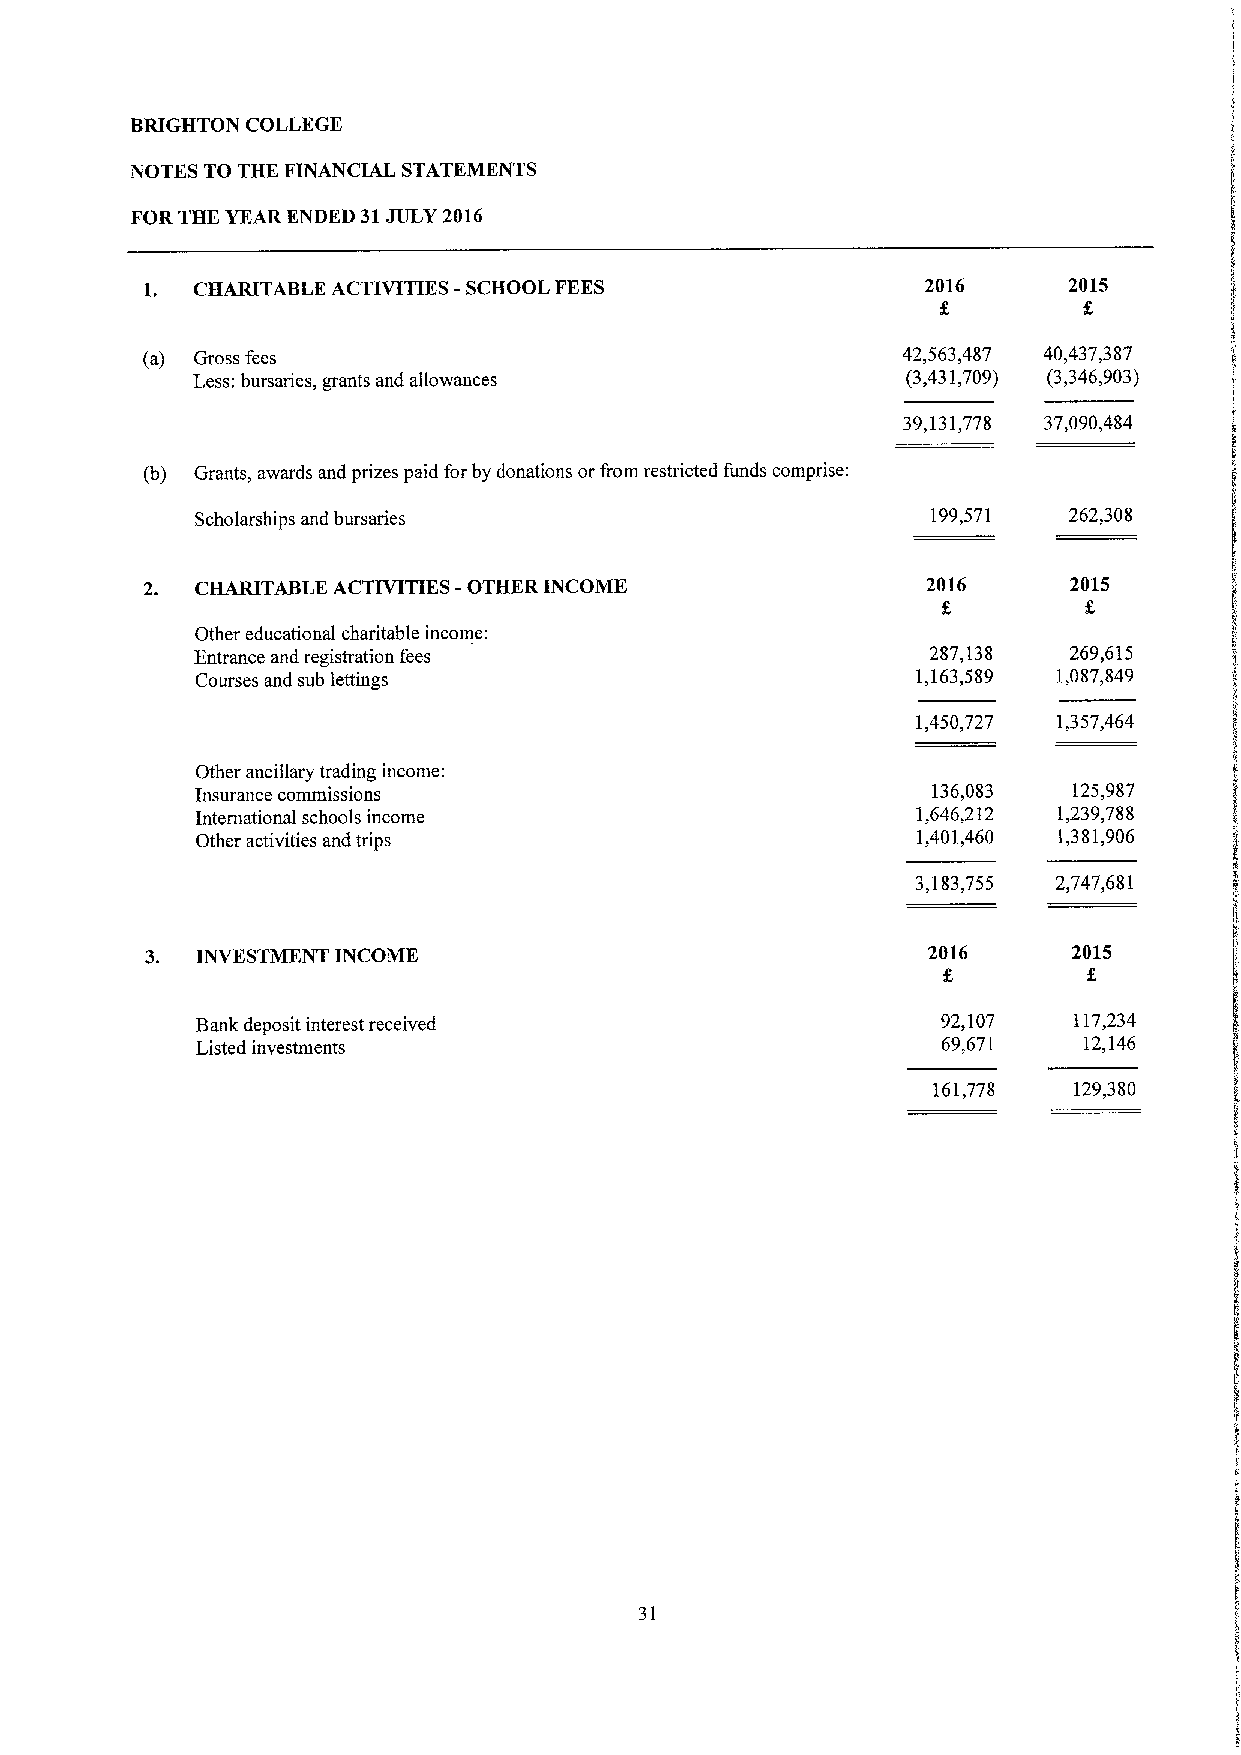
BRIGHTON COLLEGE
 NOTES TO THK FINANCIAL STATEMENTS
 FOR THE YEAR ENDED 31JULY 2016
 1. CHARITABLE ACTIVITIES -SCHOOL FEES              2016      2015
 (a) Gross fees                                     42,563,487 40,437,387
 Less:bursaries, grants and allowances          (3,431,709) (3,346,903)
 39,131,778 37,090,484
 (b) Grants, awards and prizes paid for by donations or&om restricted funds comprise:
 Scholarships and bursaries                       199,571  262,308
 2. CHARITABLE ACTIVITIES -OTHER INCOME             2016      2015
 Other educational charitable income:
 Entrance and registration fees                   287,138  269,615
 Courses and sub lettings                        1,163,589 1,087,849
 1,450,727 1,357,464
 Other ancillary trading income:
 Insurance commissions                            136,083  125,987
 International schools income                    1,646,212 1,239,788
 Other activities and trips                      1,401,460 1,381,906
 3,183,755 2,747,681
 3. INVESTMENT INCOME                               2016      2015
 Bank deposit interest received                   92,107   117,234
 Listed investments                               69,671    12,146
 161,778  129,380
 31